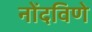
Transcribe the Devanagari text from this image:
नोंदविणे